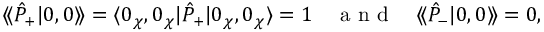
\textstyle \langle \! \langle \hat { P } _ { + } | 0 , 0 \rangle \! \rangle = \langle 0 _ { \chi } , 0 _ { \chi } | \hat { P } _ { + } | 0 _ { \chi } , 0 _ { \chi } \rangle \stackrel { } { = } 1 \quad \mathrm { ~ a ~ n ~ d ~ } \quad \langle \! \langle \hat { P } _ { - } | 0 , 0 \rangle \! \rangle = 0 ,